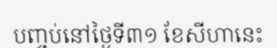
បញ្ចប់នៅថ្ងៃទី៣១ ខែសីហានេះ